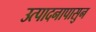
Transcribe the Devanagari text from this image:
उत्पादनापासुन